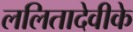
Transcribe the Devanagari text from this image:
ललितादेवीके